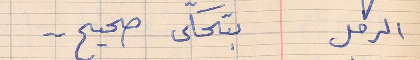
الرجل     بتحكى صحيح . .